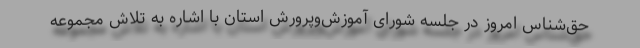
حق‌شناس امروز در جلسه شورای آموزش‌وپرورش استان با اشاره به تلاش مجموعه